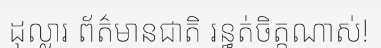
ដុល្លារ ព័ត៌មានជាតិ រន្ធត់ចិត្តណាស់!